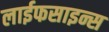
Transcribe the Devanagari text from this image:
लाईफसाइन्स